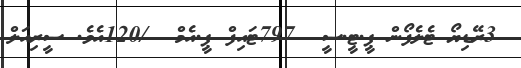
3ރޭޑިޔޯ ޓެލެފޯން ޕީ.ޓީ.ސީ  797ޓައިފް ޕީ.އެމް  /120އެވެ. ސީރިއަލް